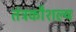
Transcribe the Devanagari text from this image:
तंत्रकौशल्य